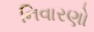
નિવારણો